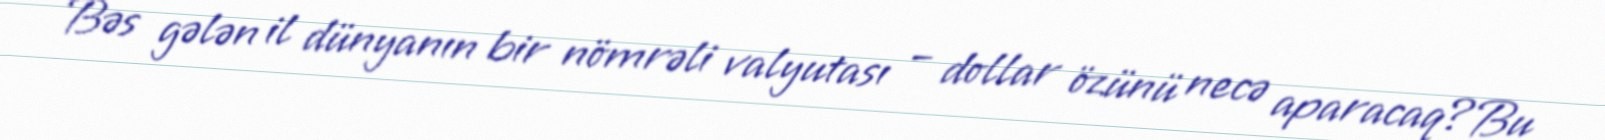
Bəs gələn il dünyanın bir nömrəli valyutası – dollar özünü necə aparacaq?Bu